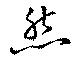
然